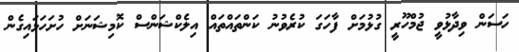
ހަސަން ވިދާޅުވީ ޖުމްހޫރީ ގުޅުމަށް ފާހަގަ ކުރެވުނު ކަންތައްތައް އިލެކްޝަންސް ކޮމިޝަނަށް ހުށަހަޅައިގެން